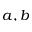
a , b